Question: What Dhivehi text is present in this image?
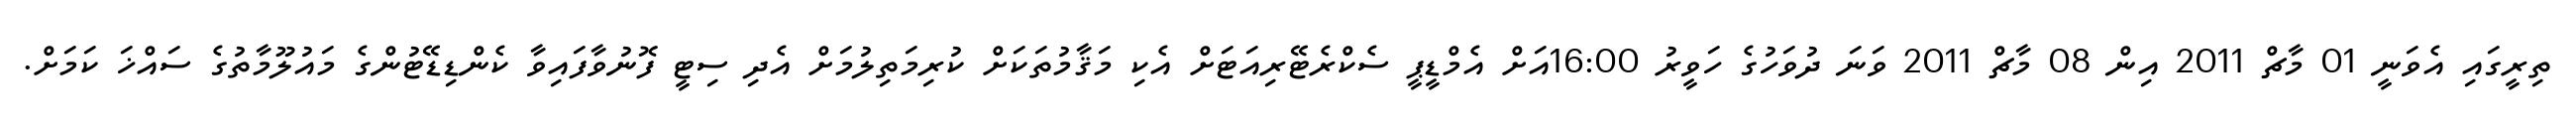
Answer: ތިރީގައި އެވަނީ 01 މާޗް 2011 އިން 08 މާޗް 2011 ވަނަ ދުވަހުގެ ހަވީރު 16:00އަށް އެމްޑީޕީ ސެކްރެޓޭރިއަޓަށް އެކި މަޤާމުތަކަށް ކުރިމަތިލުމަށް އެދި ސިޓީ ފޮނުވާފައިވާ ކެންޑިޑޭޓުންގެ މައުލޫމާތުގެ ސައްޚަ ކަމަށް.